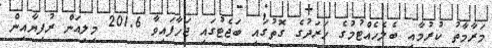
މަރާމާތު ކުރުމާއި ބެލެހެއްޓުމުގެ ހަރަދުގެ ގޮތުގައި ބަޖެޓުގައި ޖަހާފައިވާ 201.6 މިލިއަން ރުފިޔާއިން